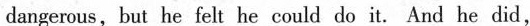
dangerous,but he felt he could do it. And he did,